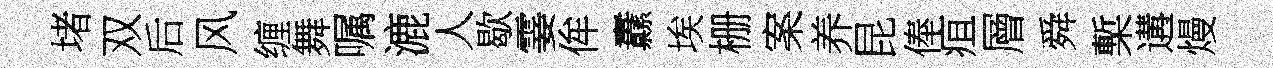
堵双后风缠舞嘱漉人歇霎侔纛埃栅案养昆俸疽層舜槧遘熳